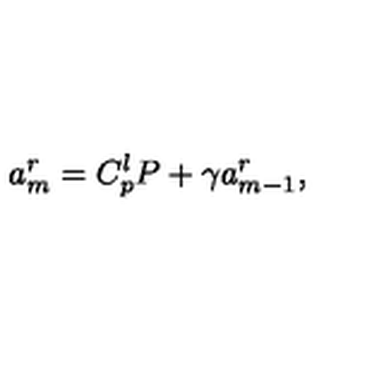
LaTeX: a _ { m } ^ { r } = C _ { p } ^ { l } P + \gamma a _ { m - 1 } ^ { r } ,